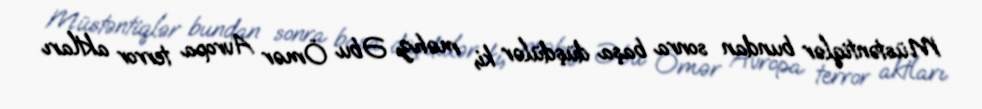
Müstəntiqlər bundan sonra başa düşdülər ki, məhz Əbu Ömər Avropa terror aktları